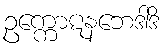
ဥက္ကောဋနဘေဒါဒိ